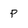
Character: P